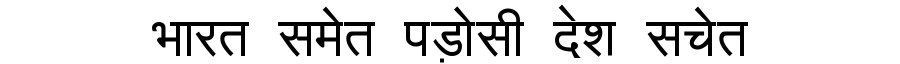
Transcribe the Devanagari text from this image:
भारत समेत पड़ोसी देश सचेत